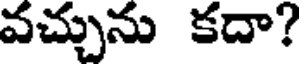
వచ్చును కదా?